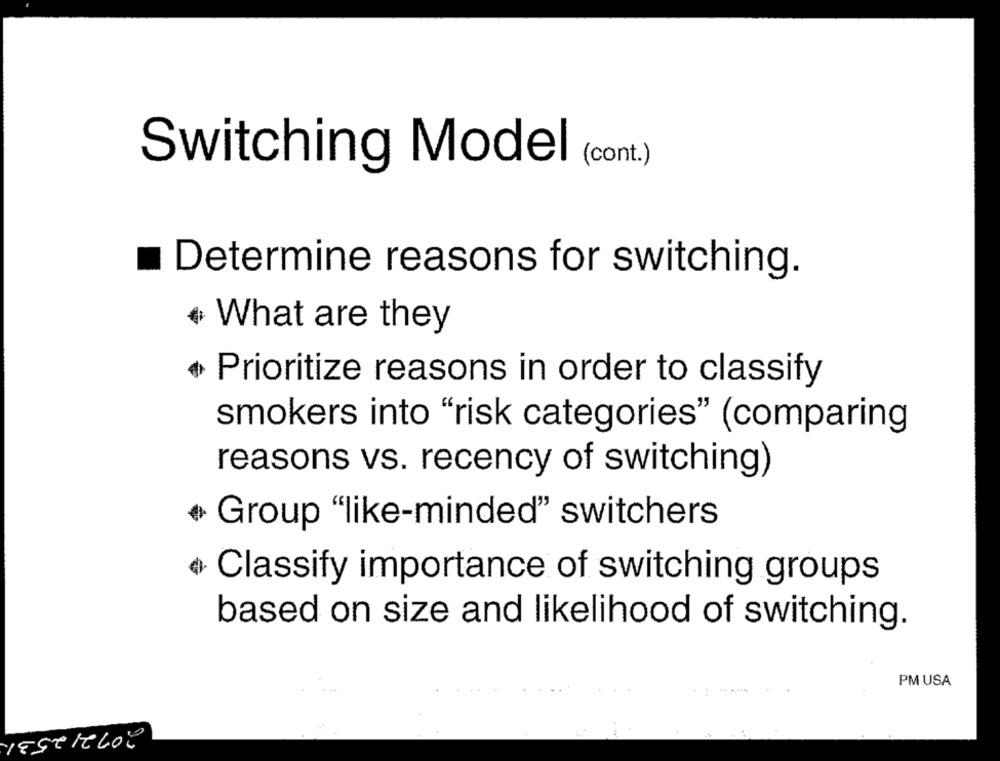
(cont.)
Switching Model
Determine reasons for switching.
What are they
Prioritize reasons in order to classify
smokers into "risk categories" (comparing
reasons vs. recency of switching)
Group "like-minded" switchers
Classify importance of switching groups
based on size and likelihood of switching.
PM USA
2012/2531